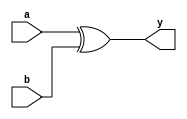
`timescale 1ns / 1ps
//////////////////////////////////////////////////////////////////////////////////
// Company: 
// Engineer: 
// 
// Design Name: 
// Module Name:    one_xor 
// Project Name: 
// Target Devices: 
// Tool versions: 
// Description: 
//
// Dependencies: 
//
// Revision: 
// Revision 0.01 - File Created
// Additional Comments: 
//
//////////////////////////////////////////////////////////////////////////////////
module one_xor(a,b,y);
input a,b;
output y;
xor op(y,a,b);
endmodule